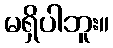
မရှိပါဘူး။